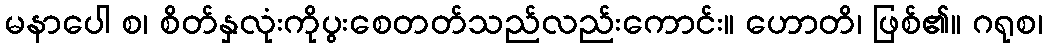
မနာပေါ စ၊ စိတ်နှလုံးကိုပွးစေတတ်သည်လည်းကောင်း။ ဟောတိ၊ ဖြစ်၏။ ဂရုစ၊